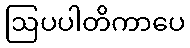
ဩပပါတိကာပေ